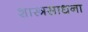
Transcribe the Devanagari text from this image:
शास्त्रसाधना